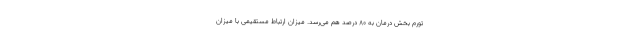
تورم بخش درمان به ۸۰ درصد هم می‌رسد. میزان ارتباط مستقیمی با میزان